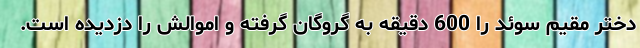
دختر مقیم سوئد را 600 دقیقه به گروگان گرفته و اموالش را دزدیده است.